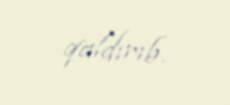
qaldırıb.